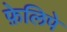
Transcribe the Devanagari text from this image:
फ़ेलिपे